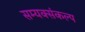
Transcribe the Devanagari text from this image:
सम्यक्संकल्प